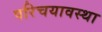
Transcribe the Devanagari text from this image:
परिचयावस्था